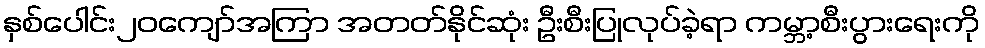
နှစ်ပေါင်း၂၀ကျော်အကြာ အတတ်နိုင်ဆုံး ဦးစီးပြုလုပ်ခဲ့ရာ ကမ္ဘာ့စီးပွားရေးကို